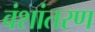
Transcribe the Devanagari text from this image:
वंशांतरण